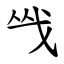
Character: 㦰